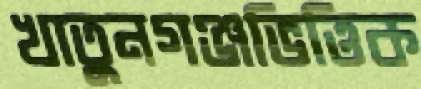
খাতুনগঞ্জভিত্তিক